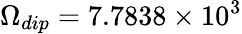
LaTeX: \Omega_{dip}=7.7838\times 10^{3}